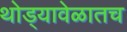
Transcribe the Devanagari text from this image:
थोड्यावेळातच